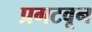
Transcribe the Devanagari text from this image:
प्रगटवून